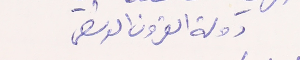
دولة القرون الوسطى